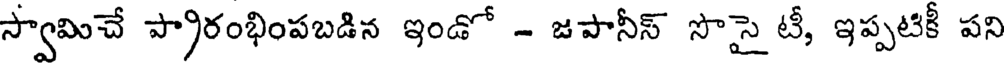
స్వామిచే ప్రారంభింపబడిన ఇండో - జపానీస్ సొసై టీ, ఇప్పటికీ పని